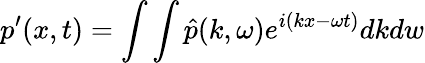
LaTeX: p^{\prime}(x,t)=\int\int\hat{p}(k,\omega)e^{i(kx-\omega t)}dkdw